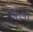
ઠાલા